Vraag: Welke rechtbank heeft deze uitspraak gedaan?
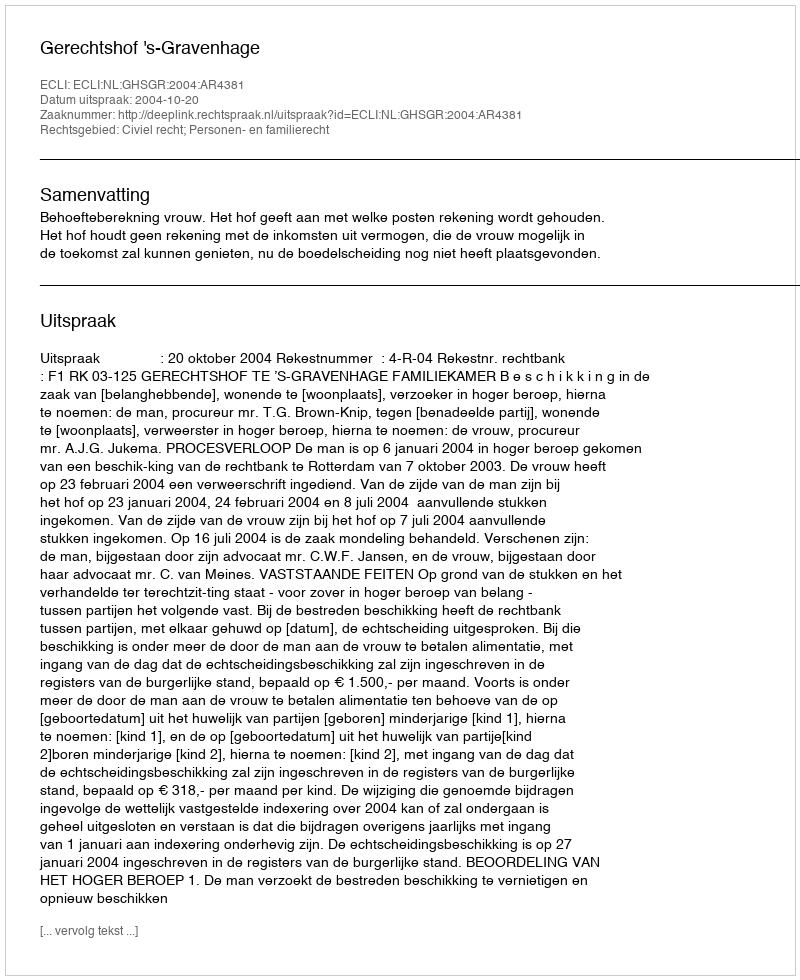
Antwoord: Gerechtshof 's-Gravenhage